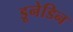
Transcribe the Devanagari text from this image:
डूनेडिन